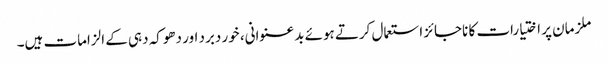
ملزمان پر اختیارات کا ناجائز استعمال کرتے ہوئے بدعنوانی، خور دبرد اور دھوکہ دہی کے الزامات ہیں۔